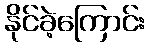
နိုင်ခဲ့ကြောင်း